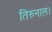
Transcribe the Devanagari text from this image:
तिरुनाल।